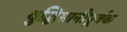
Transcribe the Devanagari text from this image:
बुद्धिमानीपूर्वक